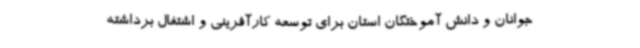
جوانان و دانش آموختگان استان برای توسعه کارآفرینی و اشتغال برداشته